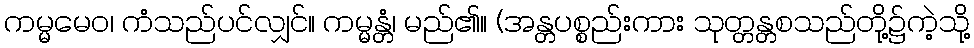
ကမ္မမေဝ၊ ကံသည်ပင်လျှင်။ ကမ္မန္တံ၊ မည်၏။ (အန္တပစ္စည်းကား သုတ္တန္တစသည်တို့၌ကဲ့သို့